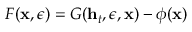
F ( \mathbf { x } , \epsilon ) = G ( \mathbf { h } _ { t } , \epsilon , \mathbf { x } ) - \phi ( \mathbf { x } )